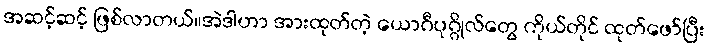
အဆင့်ဆင့် ဖြစ်လာတယ်။အဲဒါဟာ အားထုတ်တဲ့ ယောဂီပုဂ္ဂိုလ်တွေ ကိုယ်တိုင် ထုတ်ဖော်ပြီး